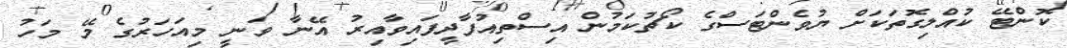
ކޮންޓޭ ކުއްލިގޮތަކަށް ޔުވެންޓަސްގެ ކޯޗުކަމުން އިސްތިއުފާދީފައިވާއިރު އޭނާ ވަނީ މިއަހަރުގެ މޭ މަހު